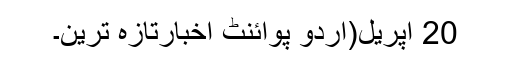
20 اپریل(اُردو پوائنٹ اخبارتازہ ترین۔